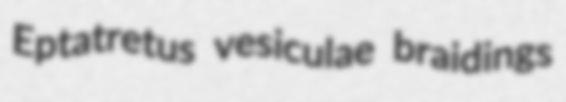
Eptatretus vesiculae braidings